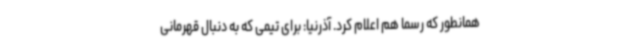
همانطور که رسما هم اعلام کرد. آذرنیا: برای تیمی که به دنبال قهرمانی